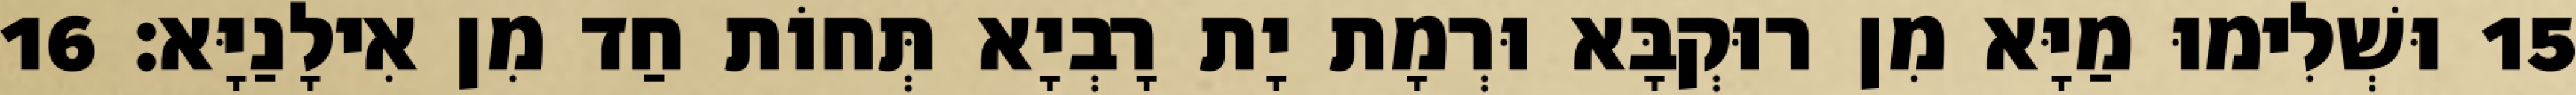
15 וּשְׁלִימוּ מַיָּא מִן רוּקְבָּא וּרְמָת יָת רָבְיָא תְּחוֹת חַד מִן אִילָנַיָּא׃ 16